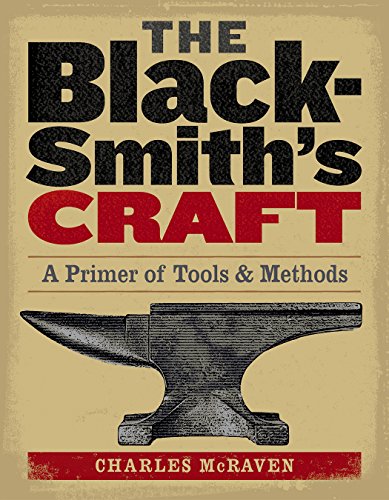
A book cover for The Blacksmith's Craft: A Primer of Tools & Methods; Charles McRaven; Crafts, Hobbies & Home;